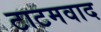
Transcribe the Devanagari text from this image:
टाटमवाद